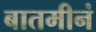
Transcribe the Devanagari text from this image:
बातमीनं